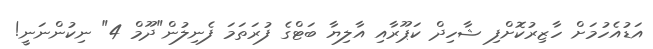
އަޑުއެހުމަށް ހާޒިރުކޮށްފި ޝާހިދް ކަޕޫރާއި އާލިޔާ ބަޓްގެ ފުރަތަމަ ފެނިލުން"ދޫމް 4" ނިކުންނަނީ!